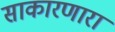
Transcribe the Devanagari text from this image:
साकारणारा